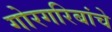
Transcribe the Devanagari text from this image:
गोरगरिबांचे